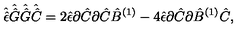
\hat { \hat { \epsilon } } \hat { \hat { G } } \hat { \hat { G } } \hat { \hat { C } } = 2 \hat { \epsilon } \partial \hat { C } \partial \hat { C } \hat { B } ^ { ( 1 ) } - 4 \hat { \epsilon } \partial \hat { C } \partial \hat { B } ^ { ( 1 ) } \hat { C } ,